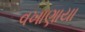
વખાણાયા